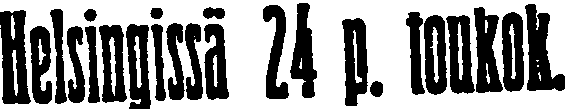
Helsingissä 24 p. toukok.